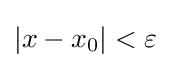
|x-x_{0}|<\varepsilon